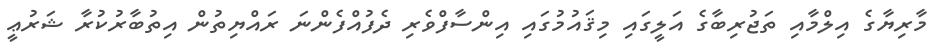
މާރިޔާގެ އިލްމާއި ތަޖުރިބާގެ އަލީގައި މިޤައުމުގައި އިންސާފްވެރި ދެފުއްފެންނަ ރައްޔިތުން އިތުބާރުކުރާ ޝަރުޢީ